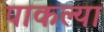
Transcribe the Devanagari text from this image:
पाकल्या